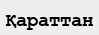
Қараттан